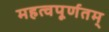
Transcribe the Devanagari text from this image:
महत्वपूर्णतम्